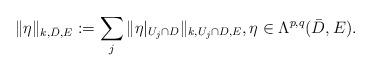
LaTeX: \begin{align*}\|\eta\|_{k,\bar D,E}:=\sum_j \|\eta|_{U_j\cap D}\|_{k,U_j\cap D,E},\eta\in \Lambda^{p,q}(\bar{D},E).\end{align*}